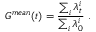
G ^ { m e a n } ( t ) = \frac { \sum _ { i } \lambda _ { t } ^ { i } } { \sum _ { i } \lambda _ { 0 } ^ { i } } \mathrm { ~ . ~ }